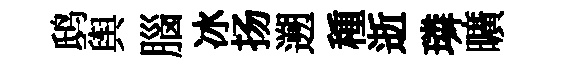
鸱舆腦冰扬遡種逝璘曠